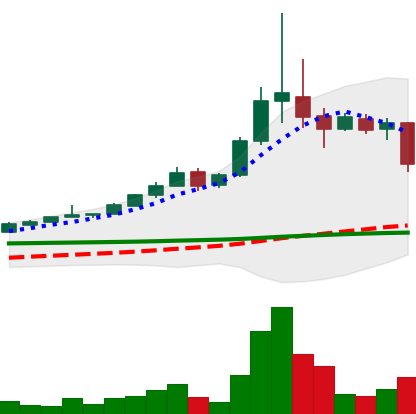
Ticker: BTC-USD
Chart end date: 2015-11-10
Forward return: -4.944%
Label: down_3_5